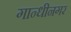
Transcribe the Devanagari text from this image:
गान्धीनगर